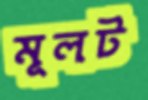
মূলট